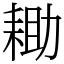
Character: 耡